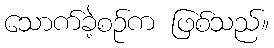
သောက်ခဲ့စဉ်က ဖြစ်သည်။